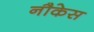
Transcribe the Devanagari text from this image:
नौकेस